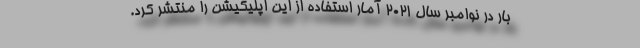
بار در نوامبر سال ۲۰۲۱ آمار استفاده از این اپلیکیشن را منتشر کرد.